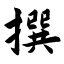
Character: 撰